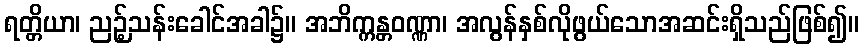
ရတ္တိယာ၊ ညဉ့်သန်းခေါင်အခါ၌။ အဘိက္ကန္တဝဏ္ဏာ၊ အလွန်နှစ်လိုဖွယ်သောအဆင်းရှိသည်ဖြစ်၍။